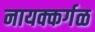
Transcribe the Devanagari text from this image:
नायक्कर्गळ